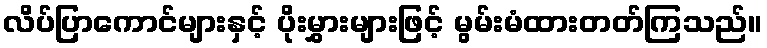
လိပ်ပြာကောင်များနှင့် ပိုးမွှားများဖြင့် မွမ်းမံထားတတ်ကြသည်။